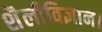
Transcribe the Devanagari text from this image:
शैलीविज्ञान।